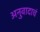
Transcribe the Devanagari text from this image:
अनुवादाचं